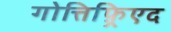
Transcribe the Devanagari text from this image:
गोत्तिफ़्रिएद